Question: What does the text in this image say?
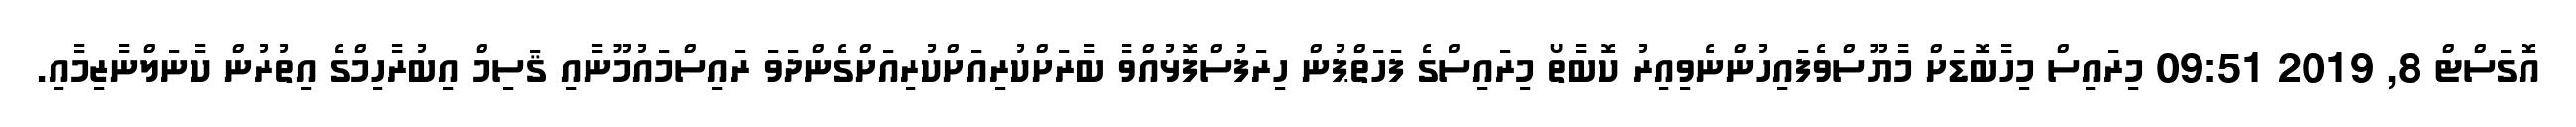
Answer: އޮގަސްޓް 8, 2019 09:51 މިރައިސް މިހާބޮޑަށް މާޔޫސްވެފައިހުންނެވިއިރު ކޮބާތޯ މިރައިސްގެ ފަހަތްޕުން ހިރަފުސްފޮޅުއްވާ ބާރަށްކުރިއަށްކުރިއަށްގެންދަވަ ރައިސްމައުމޫނާއި ޤަސިމް އިބުރާހިމްގެ އިތުރުން ކާނަލްނާޒިމާއި.